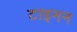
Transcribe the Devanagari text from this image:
टाइनन